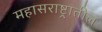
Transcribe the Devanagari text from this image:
महासराष्ट्रातील